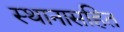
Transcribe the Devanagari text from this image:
स्थानासहित